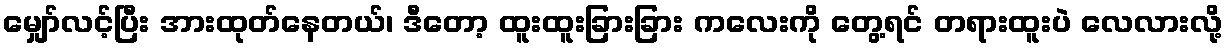
မျှော်လင့်ပြီး အားထုတ်နေတယ်၊ ဒီတော့ ထူးထူးခြားခြား ကလေးကို တွေ့ရင် တရားထူးပဲ လေလားလို့